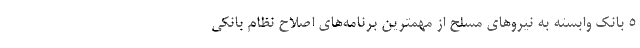
۵ بانک وابسته به نیروهای مسلح از مهمترین برنامه‌های اصلاح نظام بانکی